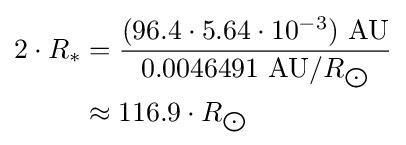
{\begin{aligned}2\cdot R_{*}&={\frac {(96.4\cdot 5.64\cdot 10^{-3})\ {\text{AU}}}{0.0046491\ {\text{AU}}/R_{\bigodot }}}\\&\approx 116.9\cdot R_{\bigodot }\end{aligned}}